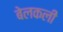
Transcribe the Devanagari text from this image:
बेलकली